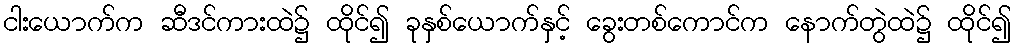
ငါးယောက်က ဆီဒင်ကားထဲ၌ ထိုင်၍ ခုနှစ်ယောက်နှင့် ခွေးတစ်ကောင်က နောက်တွဲထဲ၌ ထိုင်၍